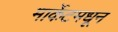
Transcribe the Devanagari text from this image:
मार्केटमधून